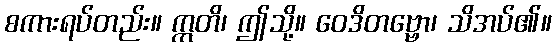
စကားရပ်တည်း။ ဣတိ၊ ဤသို့။ ဝေဒိတဗ္ဗော၊ သိအပ်၏။